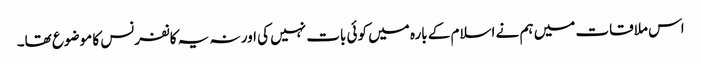
اس ملاقات میں ہم نے اسلام کے بارہ میں کوئی بات نہیں کی اور نہ یہ کانفرنس کا موضوع تھا۔